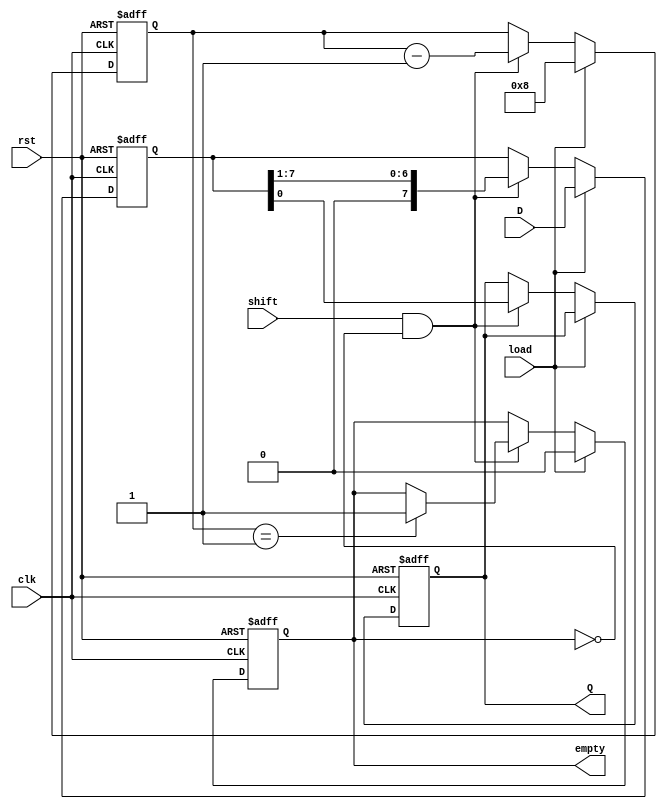
module fifo_piso #(
    parameter WIDTH = 8 // Width of the input data bus
) (
    input wire clk,            // Clock signal
    input wire rst,            // Asynchronous reset signal
    input wire load,           // Load signal
    input wire shift,          // Shift signal
    input wire [WIDTH-1:0] D,  // Parallel data input
    output reg Q,              // Serial output
    output reg empty           // Empty flag
);

    // Register to hold data
    reg [WIDTH-1:0] register; // PISO register
    reg [WIDTH-1:0] counter;   // Counter to track the number of entries

    // Asynchronous Reset
    always @(posedge clk or posedge rst) begin
        if (rst) begin
            register <= 0;       // Clear register
            Q <= 0;              // Clear serial output
            empty <= 1;          // Set empty flag
            counter <= 0;        // Reset counter
        end else begin
            if (load) begin
                register <= D;    // Load data into register
                empty <= 0;       // Clear empty flag
                counter <= WIDTH; // Set counter to width
            end else if (shift && !empty) begin
                Q <= register[0]; // Output the LSB
                register <= {1'b0, register[WIDTH-1:1]}; // Shift left
                counter <= counter - 1; // Decrement counter
                if (counter == 1) begin
                    empty <= 1; // FIFO is empty after this shift
                end
            end
        end
    end
endmodule